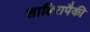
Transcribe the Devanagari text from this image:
शाहिरापैकी